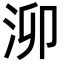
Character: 泖